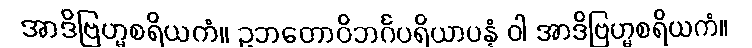
အာဒိဗြဟ္မစရိယကံ။ ဥဘတောဝိဘင်္ဂပရိယာပန္နံ ဝါ အာဒိဗြဟ္မစရိယကံ။